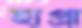
হাপ্‌রা